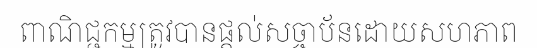
ពាណិជ្ជកម្មត្រូវបានផ្តល់សច្ចាប័នដោយសហភាព